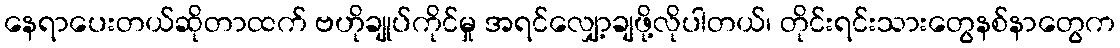
နေရာပေးတယ်ဆိုတာထက် ဗဟိုချုပ်ကိုင်မှု အရင်လျှော့ချဖို့လိုပါတယ်၊ တိုင်းရင်းသားတွေနစ်နာတွေက